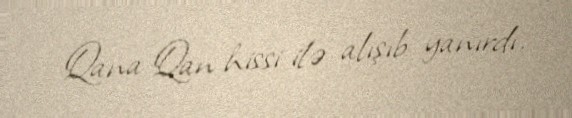
Qana Qan hissi ilə alışıb yanırdı.